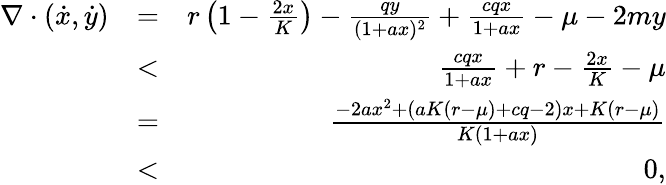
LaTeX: \begin{array}{rlr}{\nabla\cdot(\dot{x},\dot{y})}&{=}&{r\left(1-\frac{2x}{K}\right)-\frac{qy}{(1+ax)^{2}}+\frac{cqx}{1+ax}-\mu-2my}\\ &{<}&{\frac{cqx}{1+ax}+r-\frac{2x}{K}-\mu}\\ &{=}&{\frac{-2ax^{2}+(aK(r-\mu)+cq-2)x+K(r-\mu)}{K(1+ax)}}\\ &{<}&{0,}\end{array}